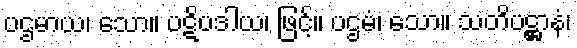
ပဌမာယ၊ သော။ ပဋိပဒါယ၊ ဖြင့်။ ပဌမံ၊ သော။ သတိပဋ္ဌာနံ၊